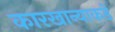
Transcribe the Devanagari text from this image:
कारखान्याकडे